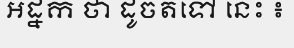
អដ្នក ថា ដូចតទៅ នេះ ៖